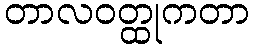
တာလဝတ္ထုကတာ